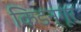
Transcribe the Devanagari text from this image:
किडन्गूर